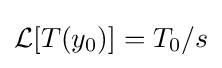
{\textstyle {\mathcal {L}}[T(y_{0})]={T_{0}}/{s}}